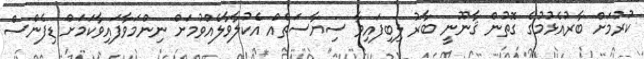
ކުރުމަށް ބާރުއެޅުމުގެ ގޮތުން ޤާނޫނީ ބާރު ލިބިފައިވާ ސިޔާސަތެއް އެކުލާވާލެއްވުމަށް ނިންމަވާފައިވާކަމަށް ޑިފެންސް